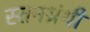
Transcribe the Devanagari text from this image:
स्तनग्रंथी